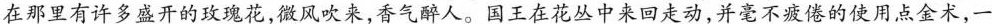
在那里有许多盛开的玫瑰花，微风吹来，香气醉人。国王在花丛中来回走动，并毫不疲倦的使用点金术，一